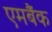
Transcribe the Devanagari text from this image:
एमबैंक